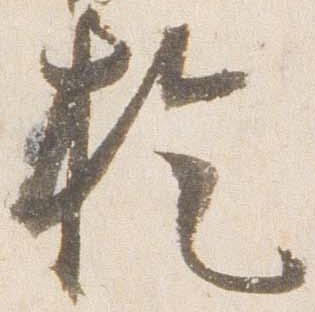
於